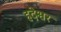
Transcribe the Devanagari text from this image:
हदेश्वर